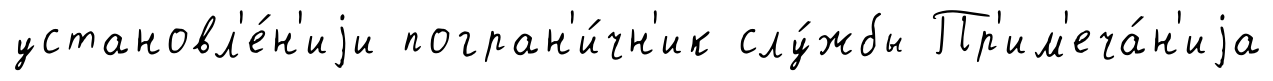
установл'е́н'иjи погран'и́чн'ик слу́жбы Пр'им'еча́н'иjа